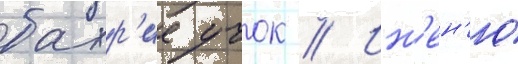
бахр'ие учок // Ин'ен'ю